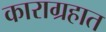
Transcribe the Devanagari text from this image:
काराग्रहात